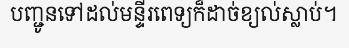
បញ្ជូនទៅដល់មន្ទីរពេទ្យក៏ដាច់ខ្យល់ស្លាប់។